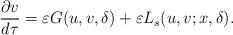
LaTeX: \begin{align*}\frac{\partial v}{d\tau}=\varepsilon G(u,v,\delta)+\varepsilon L_{s}(u,v;x,\delta).\end{align*}